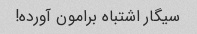
سیگار اشتباه برامون آورده!